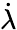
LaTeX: \dot{\lambda}